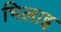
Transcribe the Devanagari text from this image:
भिलाइ